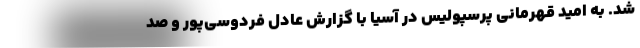
شد. به امید قهرمانی پرسپولیس در آسیا با گزارش عادل فردوسی‌پور و صد